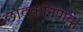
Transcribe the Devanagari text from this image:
छादकनिर्णय।